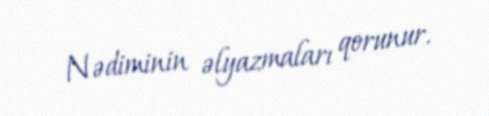
Nədiminin əlyazmaları qorunur.